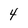
Character: 4